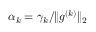
\alpha _ { k } = \gamma _ { k } / \lVert g ^ { ( k ) } \rVert _ { 2 }